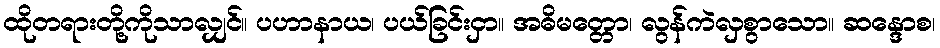
ထိုတရားတို့ကိုသာလျှင်။ ပဟာနာယ၊ ပယ်ခြင်းငှာ။ အဓိမတ္တော၊ လွန်ကဲလှစွာသော။ ဆန္ဒောစ၊